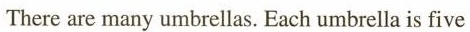
There are many umbrellas. Each umbrellais five